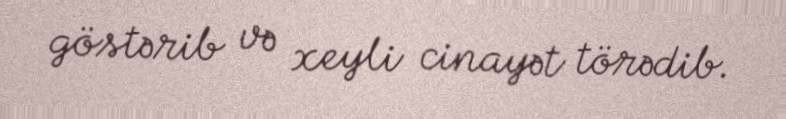
göstərib və xeyli cinayət törədib.